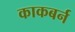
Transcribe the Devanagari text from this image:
काकबर्न